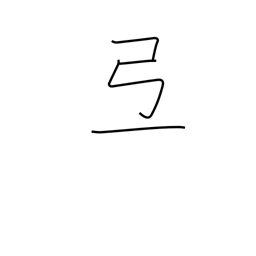
Meaning: phoneme only